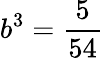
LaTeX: b^{3}=\frac{5}{54}